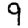
Digit: 9